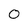
Character: 0